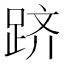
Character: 跻